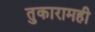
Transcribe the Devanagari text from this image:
तुकारामही